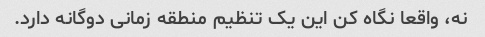
نه، واقعا نگاه کن این یک تنظیم منطقه زمانی دوگانه دارد.